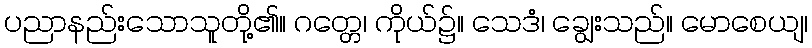
ပညာနည်းသောသူတို့၏။ ဂတ္တေ၊ ကိုယ်၌။ သေဒံ၊ ချွေးသည်။ မောစေယျ၊